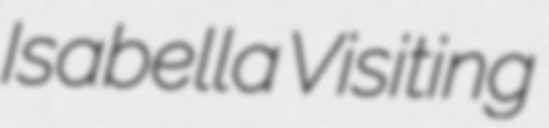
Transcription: Isabella Visiting